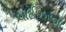
વાઈઝરનો